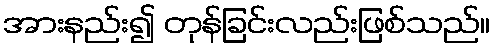
အားနည်း၍ တုန်ခြင်းလည်းဖြစ်သည်။